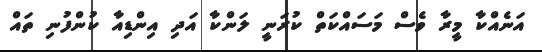
އަނެއްކާ މީރާ ވެސް މަސައްކަތް ކުރަނީ ލަންކާ އަދި އިންޑިއާ ކުންފުނި ތައް